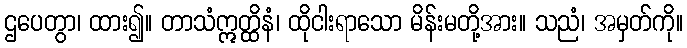
ဌပေတွာ၊ ထား၍။ တာသံဣတ္ထိနံ၊ ထိုငါးရာသော မိန်းမတို့အား။ သညံ၊ အမှတ်ကို။